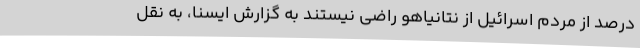
درصد از مردم اسرائیل از نتانیاهو راضی نیستند به گزارش ایسنا، به نقل